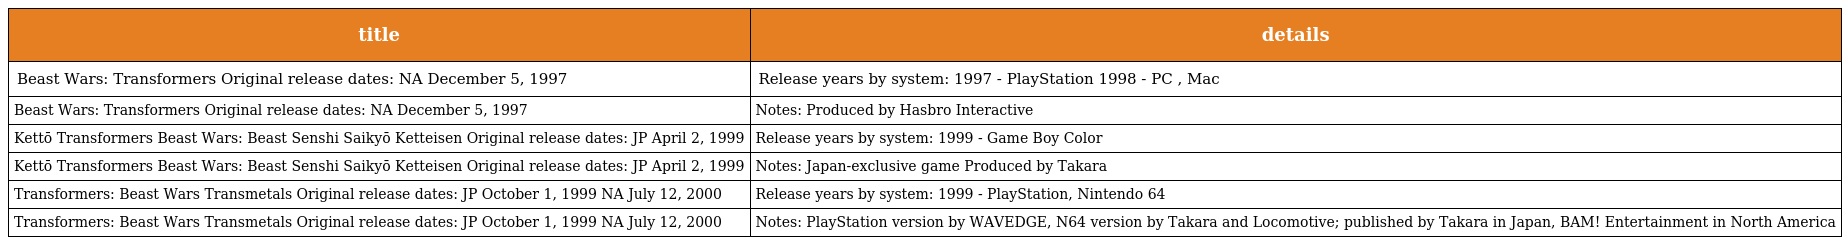
| title | details |
 | --- | --- |
 | Beast Wars: Transformers Original release dates: NA December 5, 1997 | Release years by system: 1997 - PlayStation 1998 - PC , Mac |
 | Beast Wars: Transformers Original release dates: NA December 5, 1997 | Notes: Produced by Hasbro Interactive |
 | Kettō Transformers Beast Wars: Beast Senshi Saikyō Ketteisen Original release dates: JP April 2, 1999 | Release years by system: 1999 - Game Boy Color |
 | Kettō Transformers Beast Wars: Beast Senshi Saikyō Ketteisen Original release dates: JP April 2, 1999 | Notes: Japan-exclusive game Produced by Takara |
 | Transformers: Beast Wars Transmetals Original release dates: JP October 1, 1999 NA July 12, 2000 | Release years by system: 1999 - PlayStation, Nintendo 64 |
 | Transformers: Beast Wars Transmetals Original release dates: JP October 1, 1999 NA July 12, 2000 | Notes: PlayStation version by WAVEDGE, N64 version by Takara and Locomotive; published by Takara in Japan, BAM! Entertainment in North America |